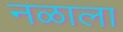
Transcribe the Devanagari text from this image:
नळाला